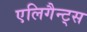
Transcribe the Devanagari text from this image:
एलिगैन्ट्स